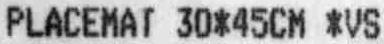
PLACEMAT 30*45CM *VS